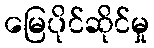
မြေပိုင်ဆိုင်မှု